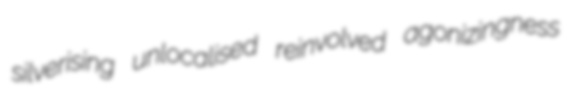
silverising unlocalised reinvolved agonizingness